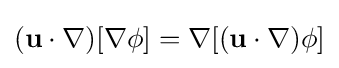
(\mathbf {u} \cdot \nabla )[\nabla \phi ]=\nabla [(\mathbf {u} \cdot \nabla )\phi ]